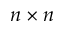
n \times n